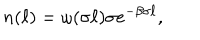
LaTeX: n ( \ell ) = \omega ( \sigma \ell ) \sigma e ^ { - \beta \sigma \ell } ,